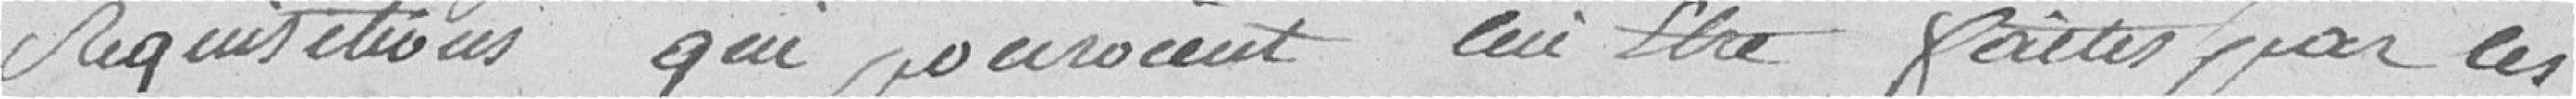
réquisitions qui pourraient lui être faites par les